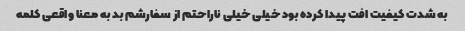
به شدت کیفیت افت پیدا کرده بود خیلی خیلی ناراحتم از سفارشم بد به معنا واقعی کلمه